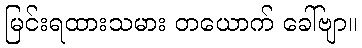
မြင်းရထားသမား တယောက် ခေါ်ဗျာ။